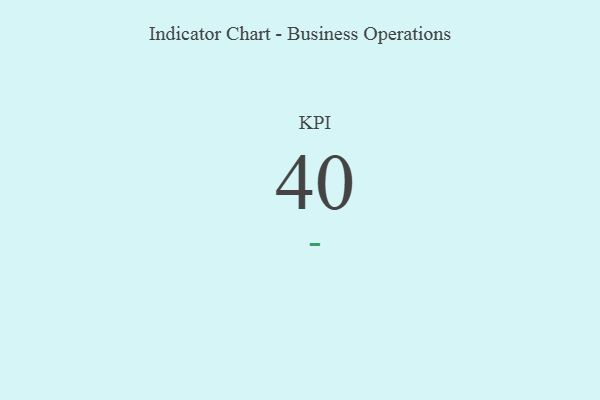
{"axis": {"x": "KPI", "y": "Value"}, "legend": [""], "data": [{"x": "KPI", "y": 40, "type": ""}]}